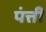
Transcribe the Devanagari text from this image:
पंत्ती